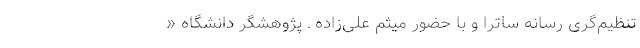
تنظیم‌گری رسانه ساترا و با حضور میثم علی‌زاده ـ پژوهشگر دانشگاه «